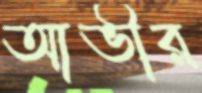
আভীর